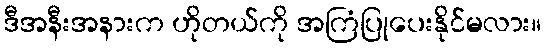
ဒီအနီးအနားက ဟိုတယ်ကို အကြံပြုပေးနိုင်မလား။